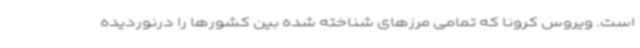
است. ویروس کرونا که تمامی مرزهای شناخته شده بین کشورها را درنوردیده